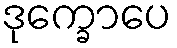
ဒုက္ခောပေ